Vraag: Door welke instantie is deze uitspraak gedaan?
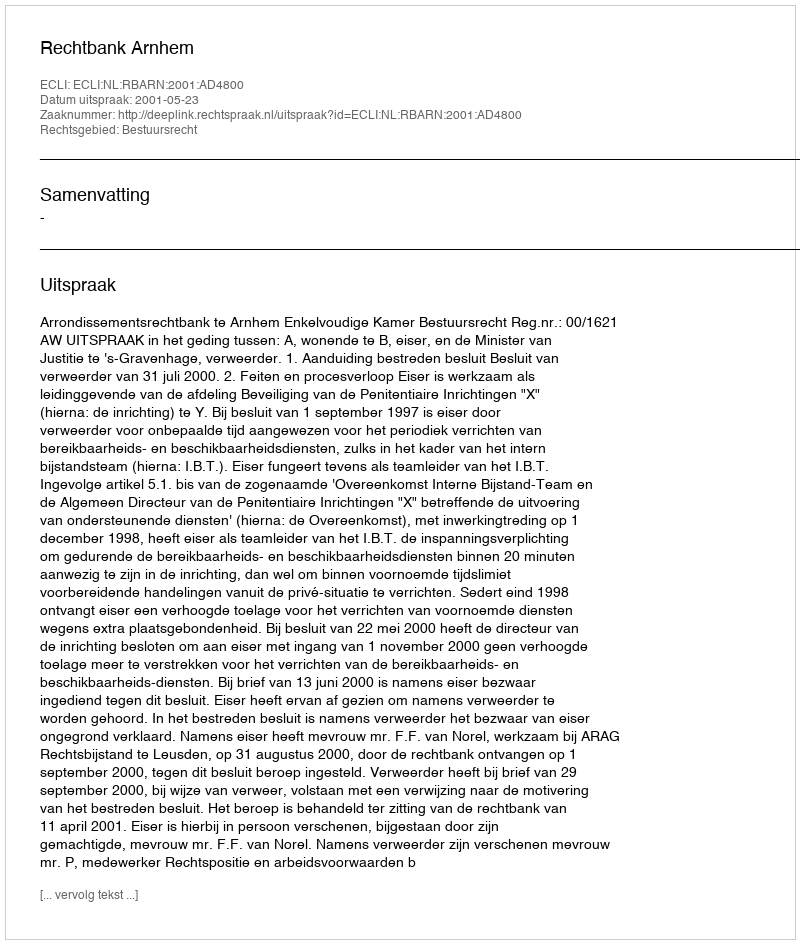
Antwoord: Rechtbank Arnhem